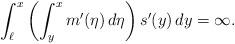
LaTeX: \begin{align*}\int_\ell^x\left(\int_y^x m'(\eta)\,d\eta\right) s'(y)\,dy =\infty.\end{align*}